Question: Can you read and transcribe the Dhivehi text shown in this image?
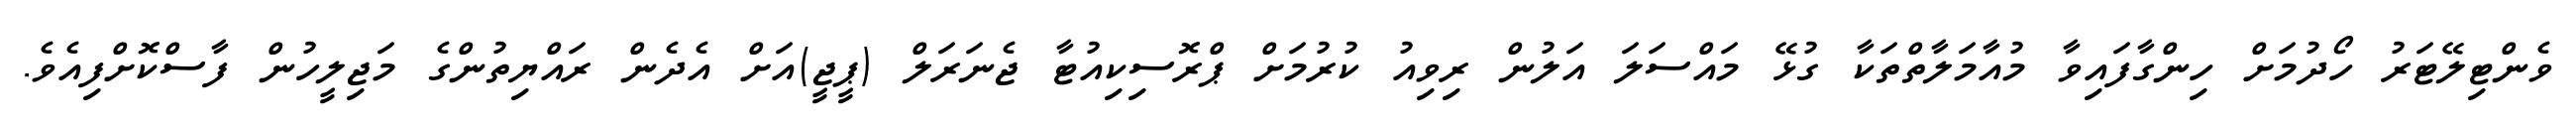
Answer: ވެންޓިލޭޓަރު ހޯދުމަށް ހިންގާފައިވާ މުއާމަލާތްތަކާ ގުޅޭ މައްސަލަ އަލުން ރިވިއު ކުރުމަށް ޕްރޮސިކިއުޓާ ޖެނަރަލް (ޕީޖީ)އަށް އެދެން ރައްޔިތުންގެ މަޖިލީހުން ފާސްކޮށްފިއެވެ.